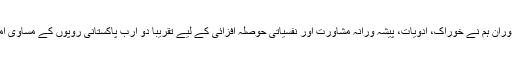
گذشتہ سال کے دوران ہم نے خوراک، ادویات، پیشہ ورانہ مشاورت اور نفسیاتی حوصلہ افزائی کے لیے تقریباً دو ارب پاکستانی روپوں کے مساوی امداد فراہم کی ہے۔